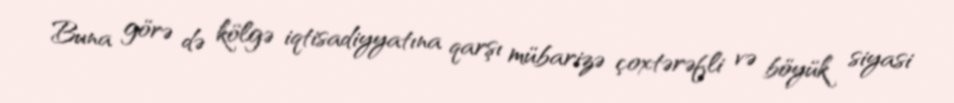
Buna görə də kölgə iqtisadiyyatına qarşı mübarizə çoxtərəfli və böyük siyasi